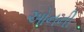
ઓનની